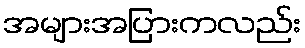
အများအပြားကလည်း